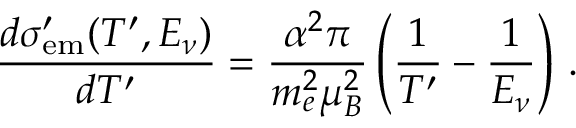
\frac { d \sigma _ { \mathrm { e m } } ^ { \prime } ( T ^ { \prime } , E _ { \nu } ) } { d T ^ { \prime } } = \frac { \alpha ^ { 2 } \pi } { m _ { e } ^ { 2 } \mu _ { B } ^ { 2 } } \left( \frac { 1 } { T ^ { \prime } } - \frac { 1 } { E _ { \nu } } \right) \, .